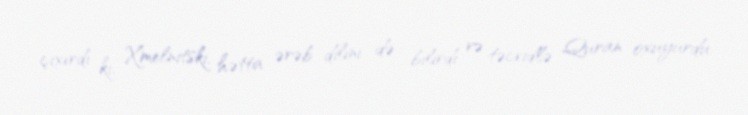
çıxırdı ki, Xmelnitski, hətta ərəb dilini də bilirdi və təcvidlə Quran oxuyurdu.